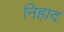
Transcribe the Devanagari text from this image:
निहाद